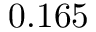
0 . 1 6 5